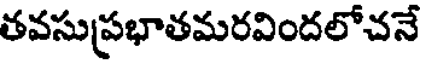
తవసుప్రభాతమరవిందలోచనే